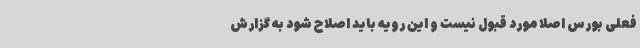
فعلی بورس اصلا مورد قبول نیست و این رویه باید اصلاح شود به گزارش